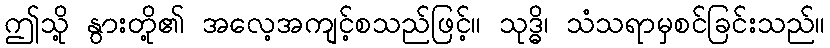
ဤသို့ နွားတို့၏ အလေ့အကျင့်စသည်ဖြင့်။ သုဒ္ဓိ၊ သံသရာမှစင်ခြင်းသည်။